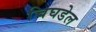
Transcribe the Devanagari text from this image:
चिघडेल